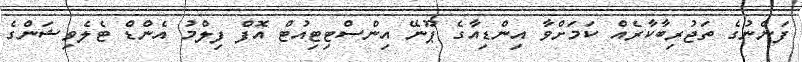
ފަންނުގެ ތަޖުރިބާކާރެއް ކަމަށްވާ އިންޑިއާގެ ޕޫނޭ އިންސްޓިޓިއުޓް އޮފް ފިލްމު އެންޑް ޓެލެވިޝަންގެ